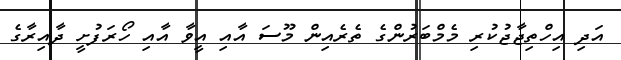
އަދި އިހްތިޖާޖުކުރި މެމްބަރުންގެ ތެރެއިން މޫސަ އާއި އީވާ އާއި ހޯރަފުށީ ދާއިރާގެ